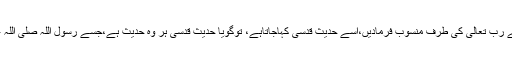
جس حدیث کو رسول اللہ صلی اللہ علیہ وسلم اپنے رب تعالیٰ کی طرف منسوب فرمادیں،اسے حدیثِ قدسی کہاجاتاہے، توگویا حدیثِ قدسی ہر وہ حدیث ہے،جسے رسول اللہ صلی اللہ علیہ وسلم اپنے رب عزوجل سے روایت فرمائیں۔